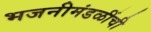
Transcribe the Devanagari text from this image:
भजनीमंडळींची